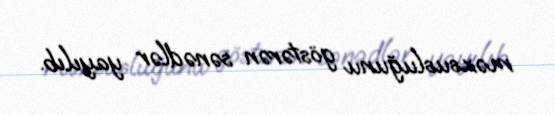
məxsusluğunu göstərən sənədlər yayılıb.